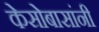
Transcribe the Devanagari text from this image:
केसोबासांनी